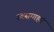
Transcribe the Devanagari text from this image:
उवसग्गहरं